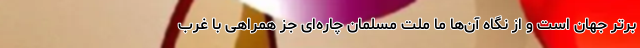
برتر جهان است و از نگاه آن‌ها ما ملت مسلمان چاره‌ای جز همراهی با غرب